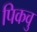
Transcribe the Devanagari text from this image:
पिकवु